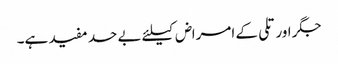
جگر اور تلی کے امراض کیلئے بے حد مفید ہے۔